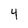
Character: 4